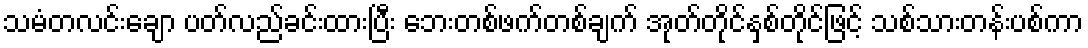
သမံတလင်းချော ပတ်လည်ခင်းထားပြီး ဘေးတစ်ဖက်တစ်ချက် အုတ်တိုင်နှစ်တိုင်ဖြင့် သစ်သားတန်းပစ်ကာ